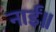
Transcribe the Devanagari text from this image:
नाईं॥